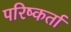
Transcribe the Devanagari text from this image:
परिष्कर्ता